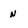
Character: n